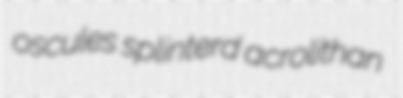
oscules splinterd acrolithan